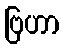
ဗြဟာ